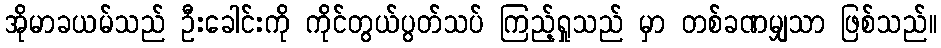
အိုမာခယမ်သည် ဦးခေါင်းကို ကိုင်တွယ်ပွတ်သပ် ကြည့်ရှုသည် မှာ တစ်ခဏမျှသာ ဖြစ်သည်။